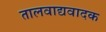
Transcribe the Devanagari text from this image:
तालवाद्यवादक